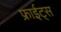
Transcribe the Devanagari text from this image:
फ्राईट्स